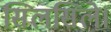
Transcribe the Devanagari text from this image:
सिलसिले।